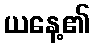
ယနေ့၏